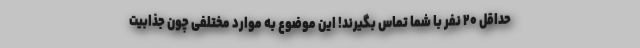
حداقل ۲۰ نفر با شما تماس بگیرند! این موضوع به موارد مختلفی چون جذابیت